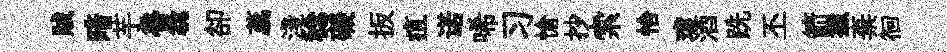
賊暗芋魯毳卻蕊淺稔礙扳疽诺唏习愴抄索恰瓊酒跣丕箭撤棄徊